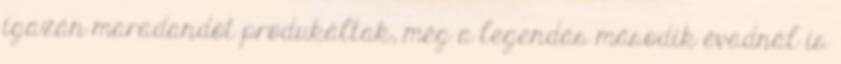
igazán maradandót produkáltak, még a legendás második évadnál is